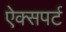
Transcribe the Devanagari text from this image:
ऐक्सपर्ट